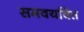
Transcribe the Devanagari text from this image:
समवयवित